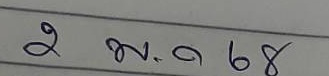
2  พ.ค. 68